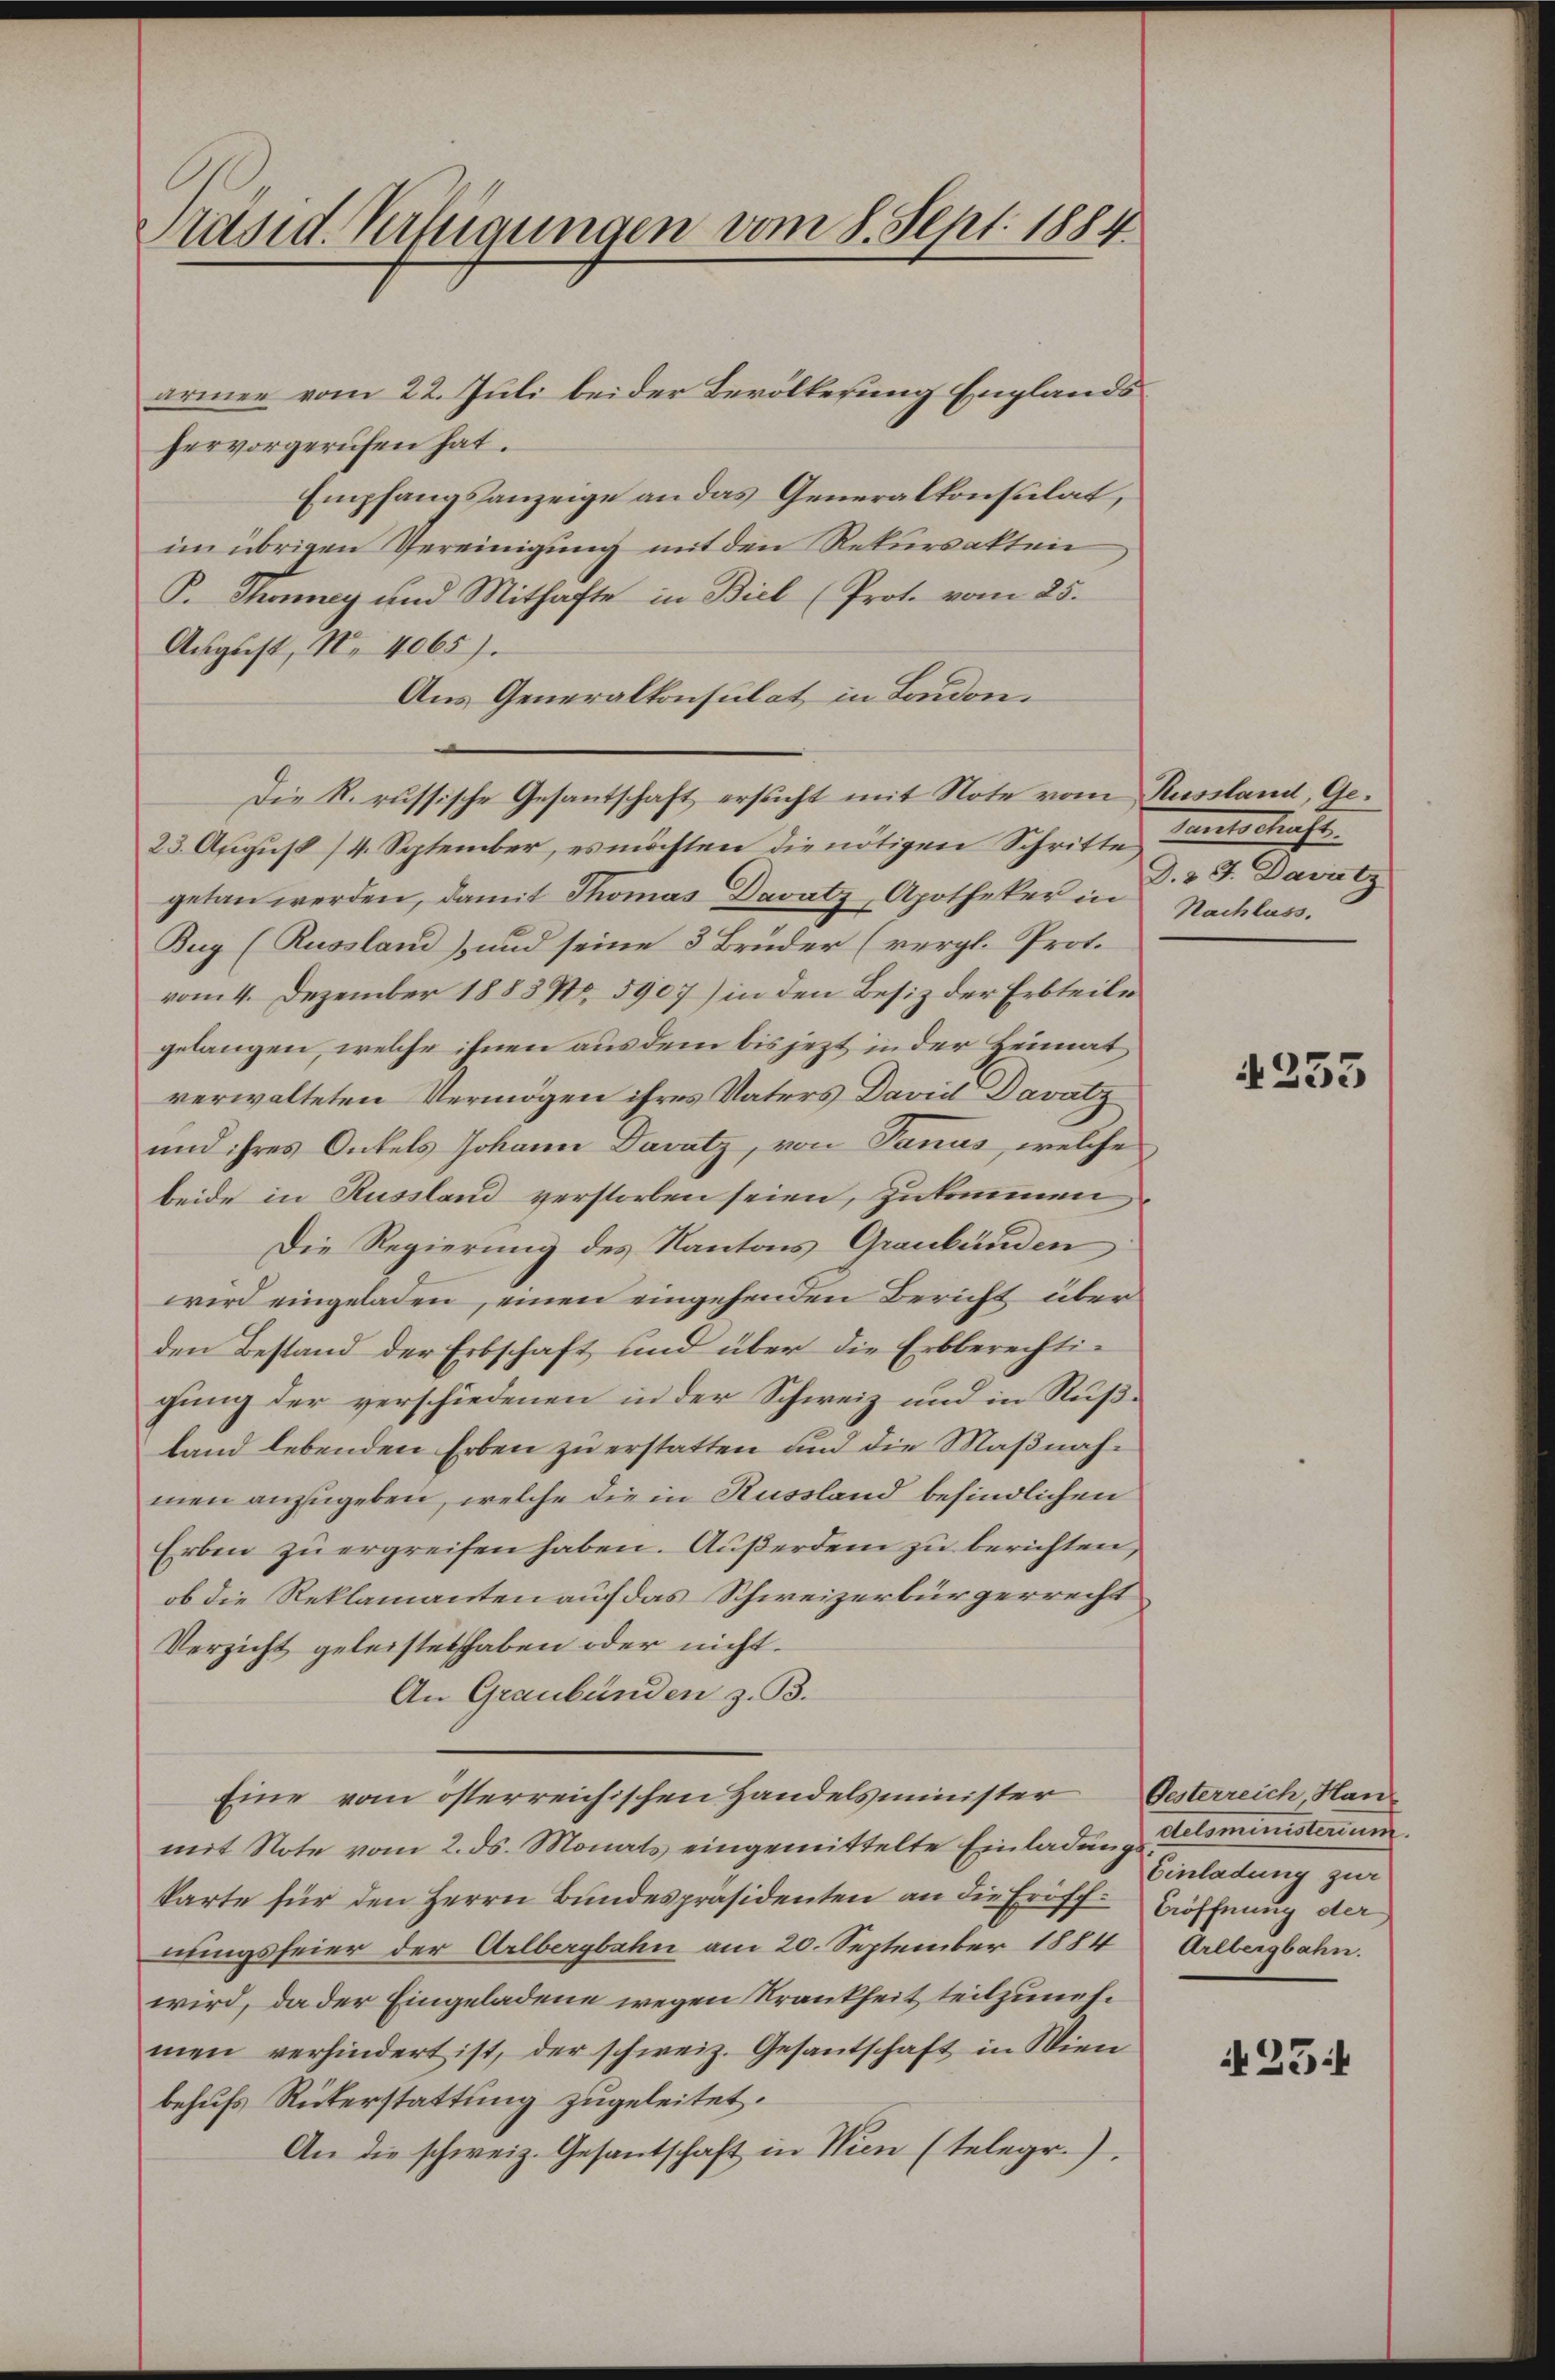
Präsid. Verfügungen vom 8. Sept. 1884.

armen vom 22. Juli beider Bevölkerung Englands
hervorgerufen hat.
Empfangsanzeige an das Generalkonsulat,
im übrigen Vereinigung mit den Rekursakten
B. Therey und Mithafte in Biel (Prote vom 25.
August, No 4065).
Aus Generalkonsulat in London.
Die R. russische Gesantschaft ersucht mit Note vom Kussland, Ge¬
23. August 14. September, es möchten die nötigen Schritte
getan werden, damit Thomas Davatz, Apotheker in Nachlass.
Bug (Russland) und seine 3 Bruder (vergl. Prot.
vom 4. Dezember 1883 No 5907) in den Besiz der Erbteile
gelangen, welche ihnen aus dem bis jezt in der Heimat
verwalteten Vermögen ihres Vaters David Davatz
und ihres Onkels Johann Davatz, von Janus, welche
beide in Russland verstorben seien, zukommen,
Die Regierung des Kantons Graubünden
wird eingeladen, einen eingehenden Bericht über
den Bestand der Erbschaft und über die Erbberechtigung der verschiedenen in der Schweiz und in Rußland lebenden Erben zu erstatten und die Maßnahmen anzugeben, welche die in Russland befindlichen
Erben zu ergreifen haben. Außerdem zu berichten,
ob die Reklamanten auf das Schweizerbürgerrecht
Verzicht geleistet haben oder nicht.
An Graubünden z. B.
Eine vom österreichischen Handelsminister Gesterreich, Han
mit Note vom 2. ds. Monats eingemittelte Einladung unministerium
karte für den Herrn Bundespräsidenten an die Eröff-Eröffnung der
nungsfeier der Arlbergbahn am 20. September 1884 Arlbergbahn.
wird, da der Eingeladene wegen Krankheit teilzunehmen verhindert ist, der schweiz. Gesantschaft in Wien
behufs Rükerstattung zugeleitet.
An die schweiz. Gesantschaft in Nien (telegr.)

ranntschaft.
d. 27. Davitz

4253

Einladung zur

i 25